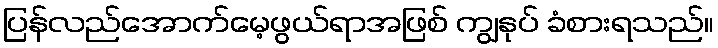
ပြန်လည်အောက်မေ့ဖွယ်ရာအဖြစ် ကျွနုပ် ခံစားရသည်။